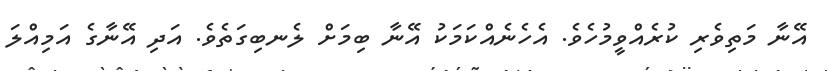
އޭނާ މަތިވެރި ކުރެއްވީމުހެވެ. އެހެނެއްކަމަކު އޭނާ ބިމަށް ލެނބިގަތެވެ. އަދި އޭނާގެ އަމިއްލަ